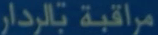
مراقبة بالرادار